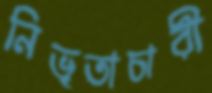
নিভৃতাচারী